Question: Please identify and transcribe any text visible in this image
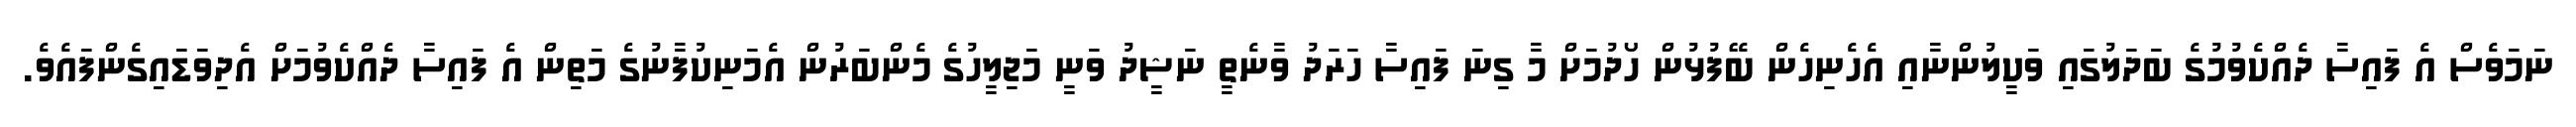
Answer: ނަމަވެސް އެ ފައިސާ ދެއްކެވުމުގެ ބަދަލުގައި ވަކީލުންނާއި އެހެނިހެން ބޭފުޅުން ހޯދުމަށް މާ ގިނަ ފައިސާ ހަރަދު ވާނެތީ ނަޝީދު ވަނީ މަޖިލީހުގެ މެންބަރުން އެމަނިކުފާނުގެ މަތިން އެ ފައިސާ ދެއްކެވުމަށް އެދިވަޑައިގެންފައެވެ.